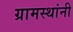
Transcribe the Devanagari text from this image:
ग्रामस्‍थांनी